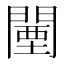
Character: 闉